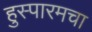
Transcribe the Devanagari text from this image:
हुस्पारमचा